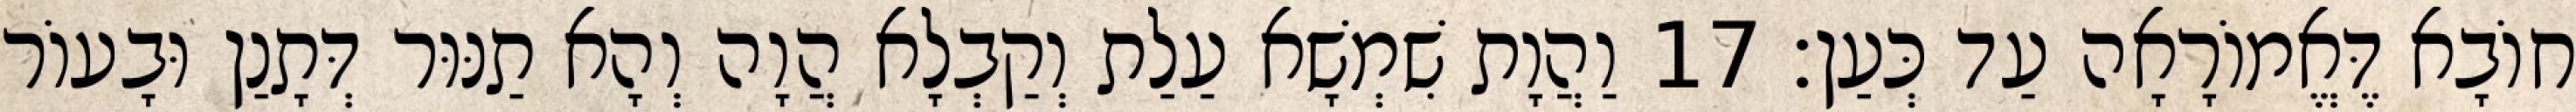
חוֹבָא דֶּאֱמוֹרָאָה עַד כְּעַן׃ 17 וַהֲוָת שִׁמְשָׁא עַלַת וְקַבְלָא הֲוָה וְהָא תַנּוּר דְּתָנַן וּבָעוֹר